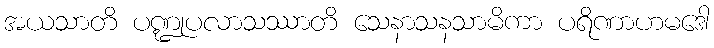
အယသာတိ ပဏ္ဍုပလာသဿာတိ သေနာသနသာမိကာ ပရိဏာဟမဒေါ